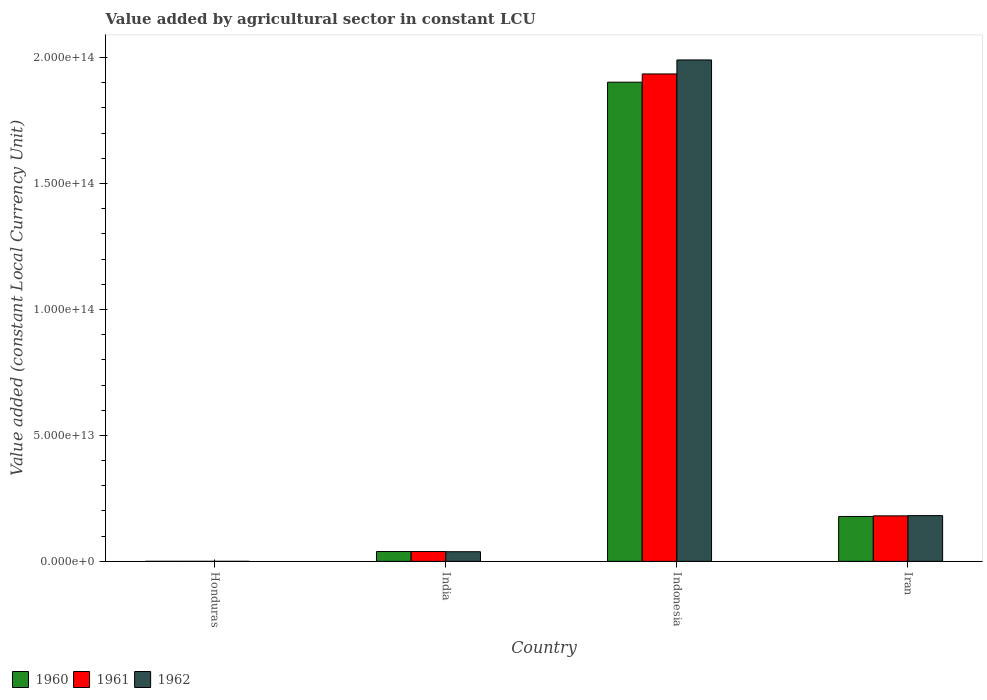
| Country | 1960 | 1961 | 1962 |
 | --- | --- | --- | --- |
 | Honduras | 4.44e+09 | 4.73e+09 | 4.96e+09 |
 | India | 3.9e+12 | 3.91e+12 | 3.83e+12 |
 | Indonesia | 1.9e+14 | 1.94e+14 | 1.99e+14 |
 | Iran | 1.78e+13 | 1.81e+13 | 1.82e+13 |